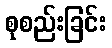
စုစည်းခြင်း